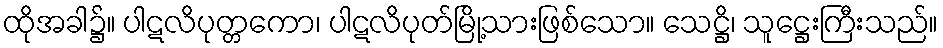
ထိုအခါ၌။ ပါဋလိပုတ္တကော၊ ပါဋလိပုတ်မြို့သားဖြစ်သော။ သေဋ္ဌိ၊ သူဋ္ဌေးကြီးသည်။